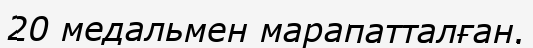
20 медальмен марапатталған.